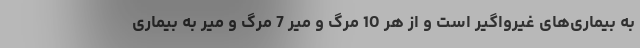
به بیماری‌های غیرواگیر است و از هر 10 مرگ و میر 7 مرگ و میر به بیماری